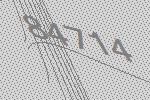
84714